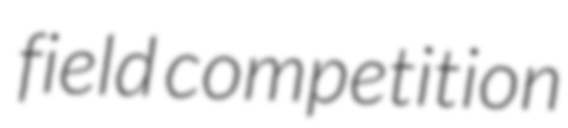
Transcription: field competition